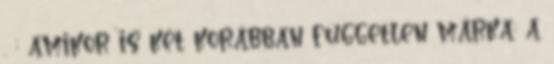
. ; amikor is két korábban független márka; a